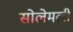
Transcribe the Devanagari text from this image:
सोलेमली